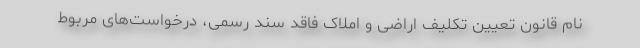
نام قانون تعیین تکلیف اراضی و املاک فاقد سند رسمی، درخواست‌های مربوط